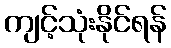
ကျင့်သုံးနိုင်ရန်